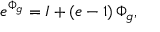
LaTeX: e ^ { \Phi _ { g } } = { \cal I } + \left( e - 1 \right) \Phi _ { g } ,